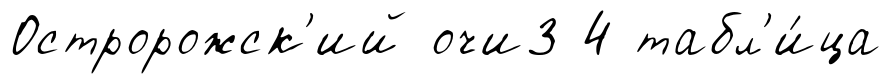
Остророжск'ий очи3 4 табл'и́ца